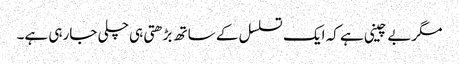
مگربے چینی ہے کہ ایک تسلسل کے ساتھ بڑھتی ہی چلی جارہی ہے۔